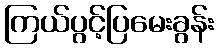
ကြယ်ပွင့်ပြမေးခွန်း